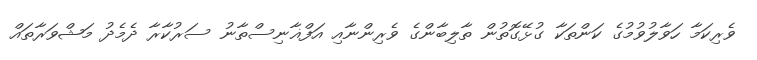
ވެރިކަމާ ހަވާލުވުމުގެ ކަންތަކާ ގުޅޭގޮތުން ތާލިބާންގެ ވެރިންނާއި އަފްޣާނިސްތާނު ސަރުކާރާ ދެމެދު މަޝްވަރާތައް